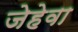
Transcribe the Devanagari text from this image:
जेहेवा